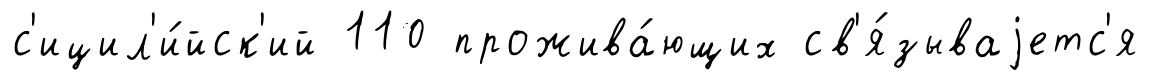
с'ицил'и́йск'ий 110 прожива́ющих св'я́зываjетс'я